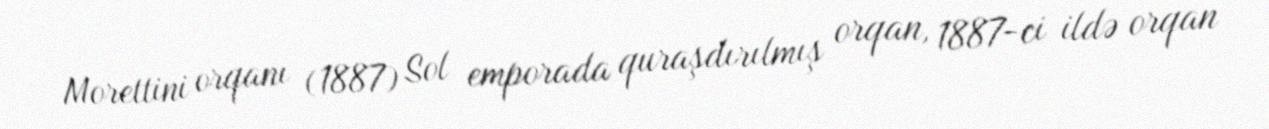
Morettini orqanı (1887) Sol emporada quraşdırılmış orqan, 1887-ci ildə orqan